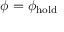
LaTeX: \phi = \phi _ { \mathrm { h o l d } }